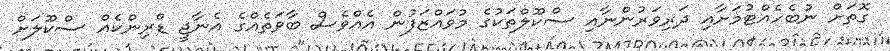
ގޮތަށް ނުބެހެއްޓުމަށާއި ދަރިވަރުންނާއި ސްކޫލްތަކުގެ މުވައްޒަފުން އެއްވެސް ބާވަތެއްގެ އެނާޖީ ޑްރިންކެއް ސްކޫލަށް